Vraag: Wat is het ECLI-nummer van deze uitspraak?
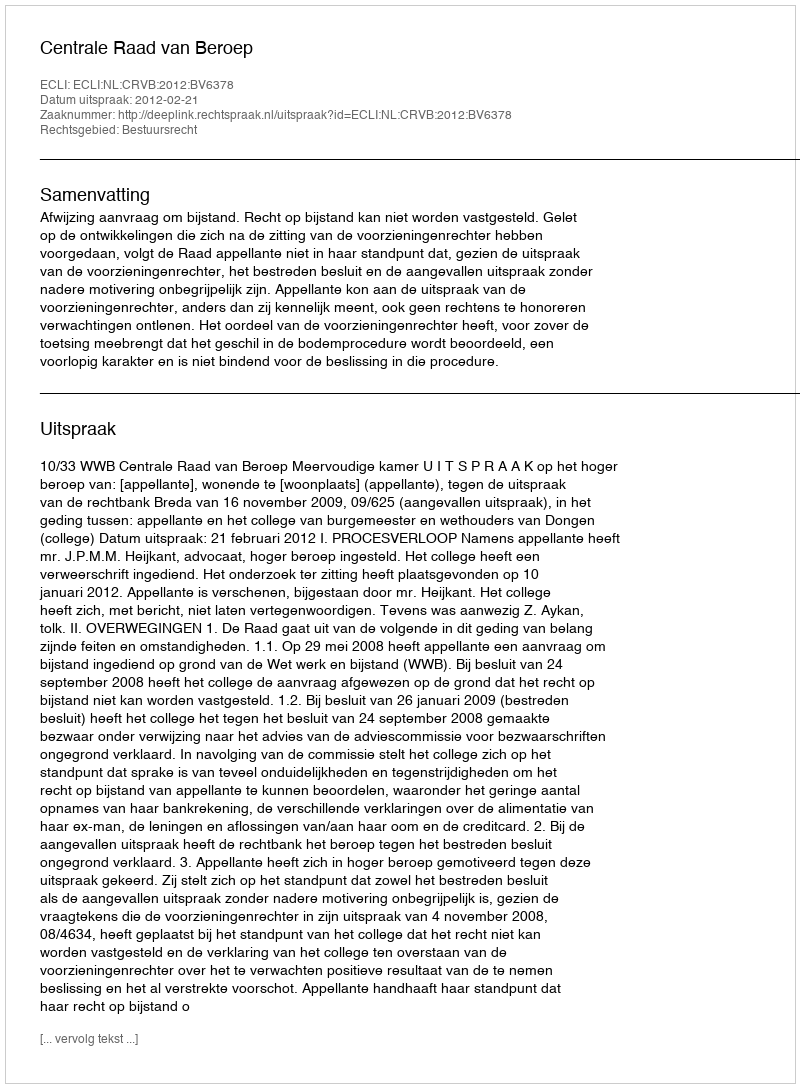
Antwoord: ECLI:NL:CRVB:2012:BV6378